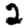
Digit: 2